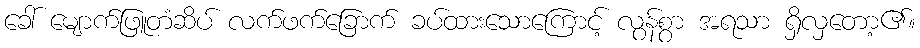
ခေါ် မျောက်ဖြူတံဆိပ် လက်ဖက်ခြောက် ခပ်ထားသောကြောင့် လွန်စွာ အရသာ ရှိလှတော့၏။